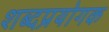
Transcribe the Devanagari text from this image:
शब्दप्रयोगक